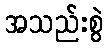
အသည်းစွဲ